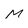
Character: M